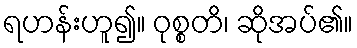
ရဟန်းဟူ၍။ ဝုစ္စတိ၊ ဆိုအပ်၏။